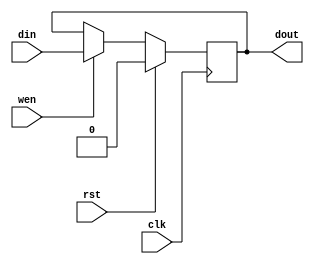
module Reg #(parameter WIDTH = 1, parameter RESET_VAL = 0) (
  input clk,
  input rst,
  input [WIDTH-1:0] din,
  output reg [WIDTH-1:0] dout,
  input wen
);
  always @(posedge clk) begin
    if (rst) dout <= RESET_VAL;
    else if (wen) dout <= din;
  end
endmodule